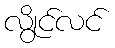
လွိုင်လင်